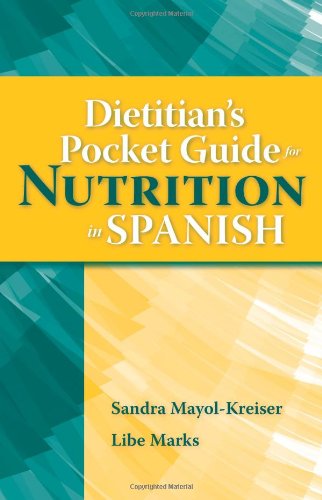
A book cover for Dietitian's Pocket Guide For Nutrition In Spanish (Spanish Edition); Sandra N. Mayol-Kreiser; Medical Books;